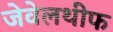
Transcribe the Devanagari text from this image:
जेवेलथीफ